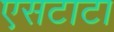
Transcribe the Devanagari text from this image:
एसटाटा